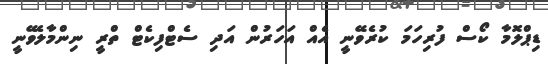
ޑިޕްލޮމާ ކޯސް ފުރިހަމަ ކުރެވޭނީ އެއް އަހަރުން އަދި ސެޓްފިކެޓް ތްރީ ނިންމާލެވޭނީ